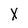
Character: X